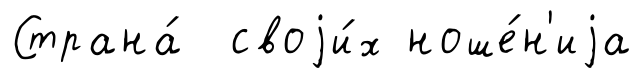
Страна́ своjи́х ноше́н'иjа